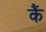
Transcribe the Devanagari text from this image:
कैं